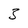
Character: 3